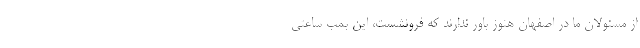
از مسئولان ما در اصفهان هنوز باور ندارند که فرونشست، این بمب ساعتی